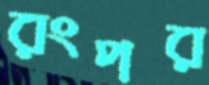
রংপর